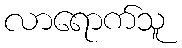
လာရောက်သူ